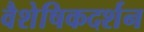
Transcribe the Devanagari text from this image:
वैशेषिकदर्शन